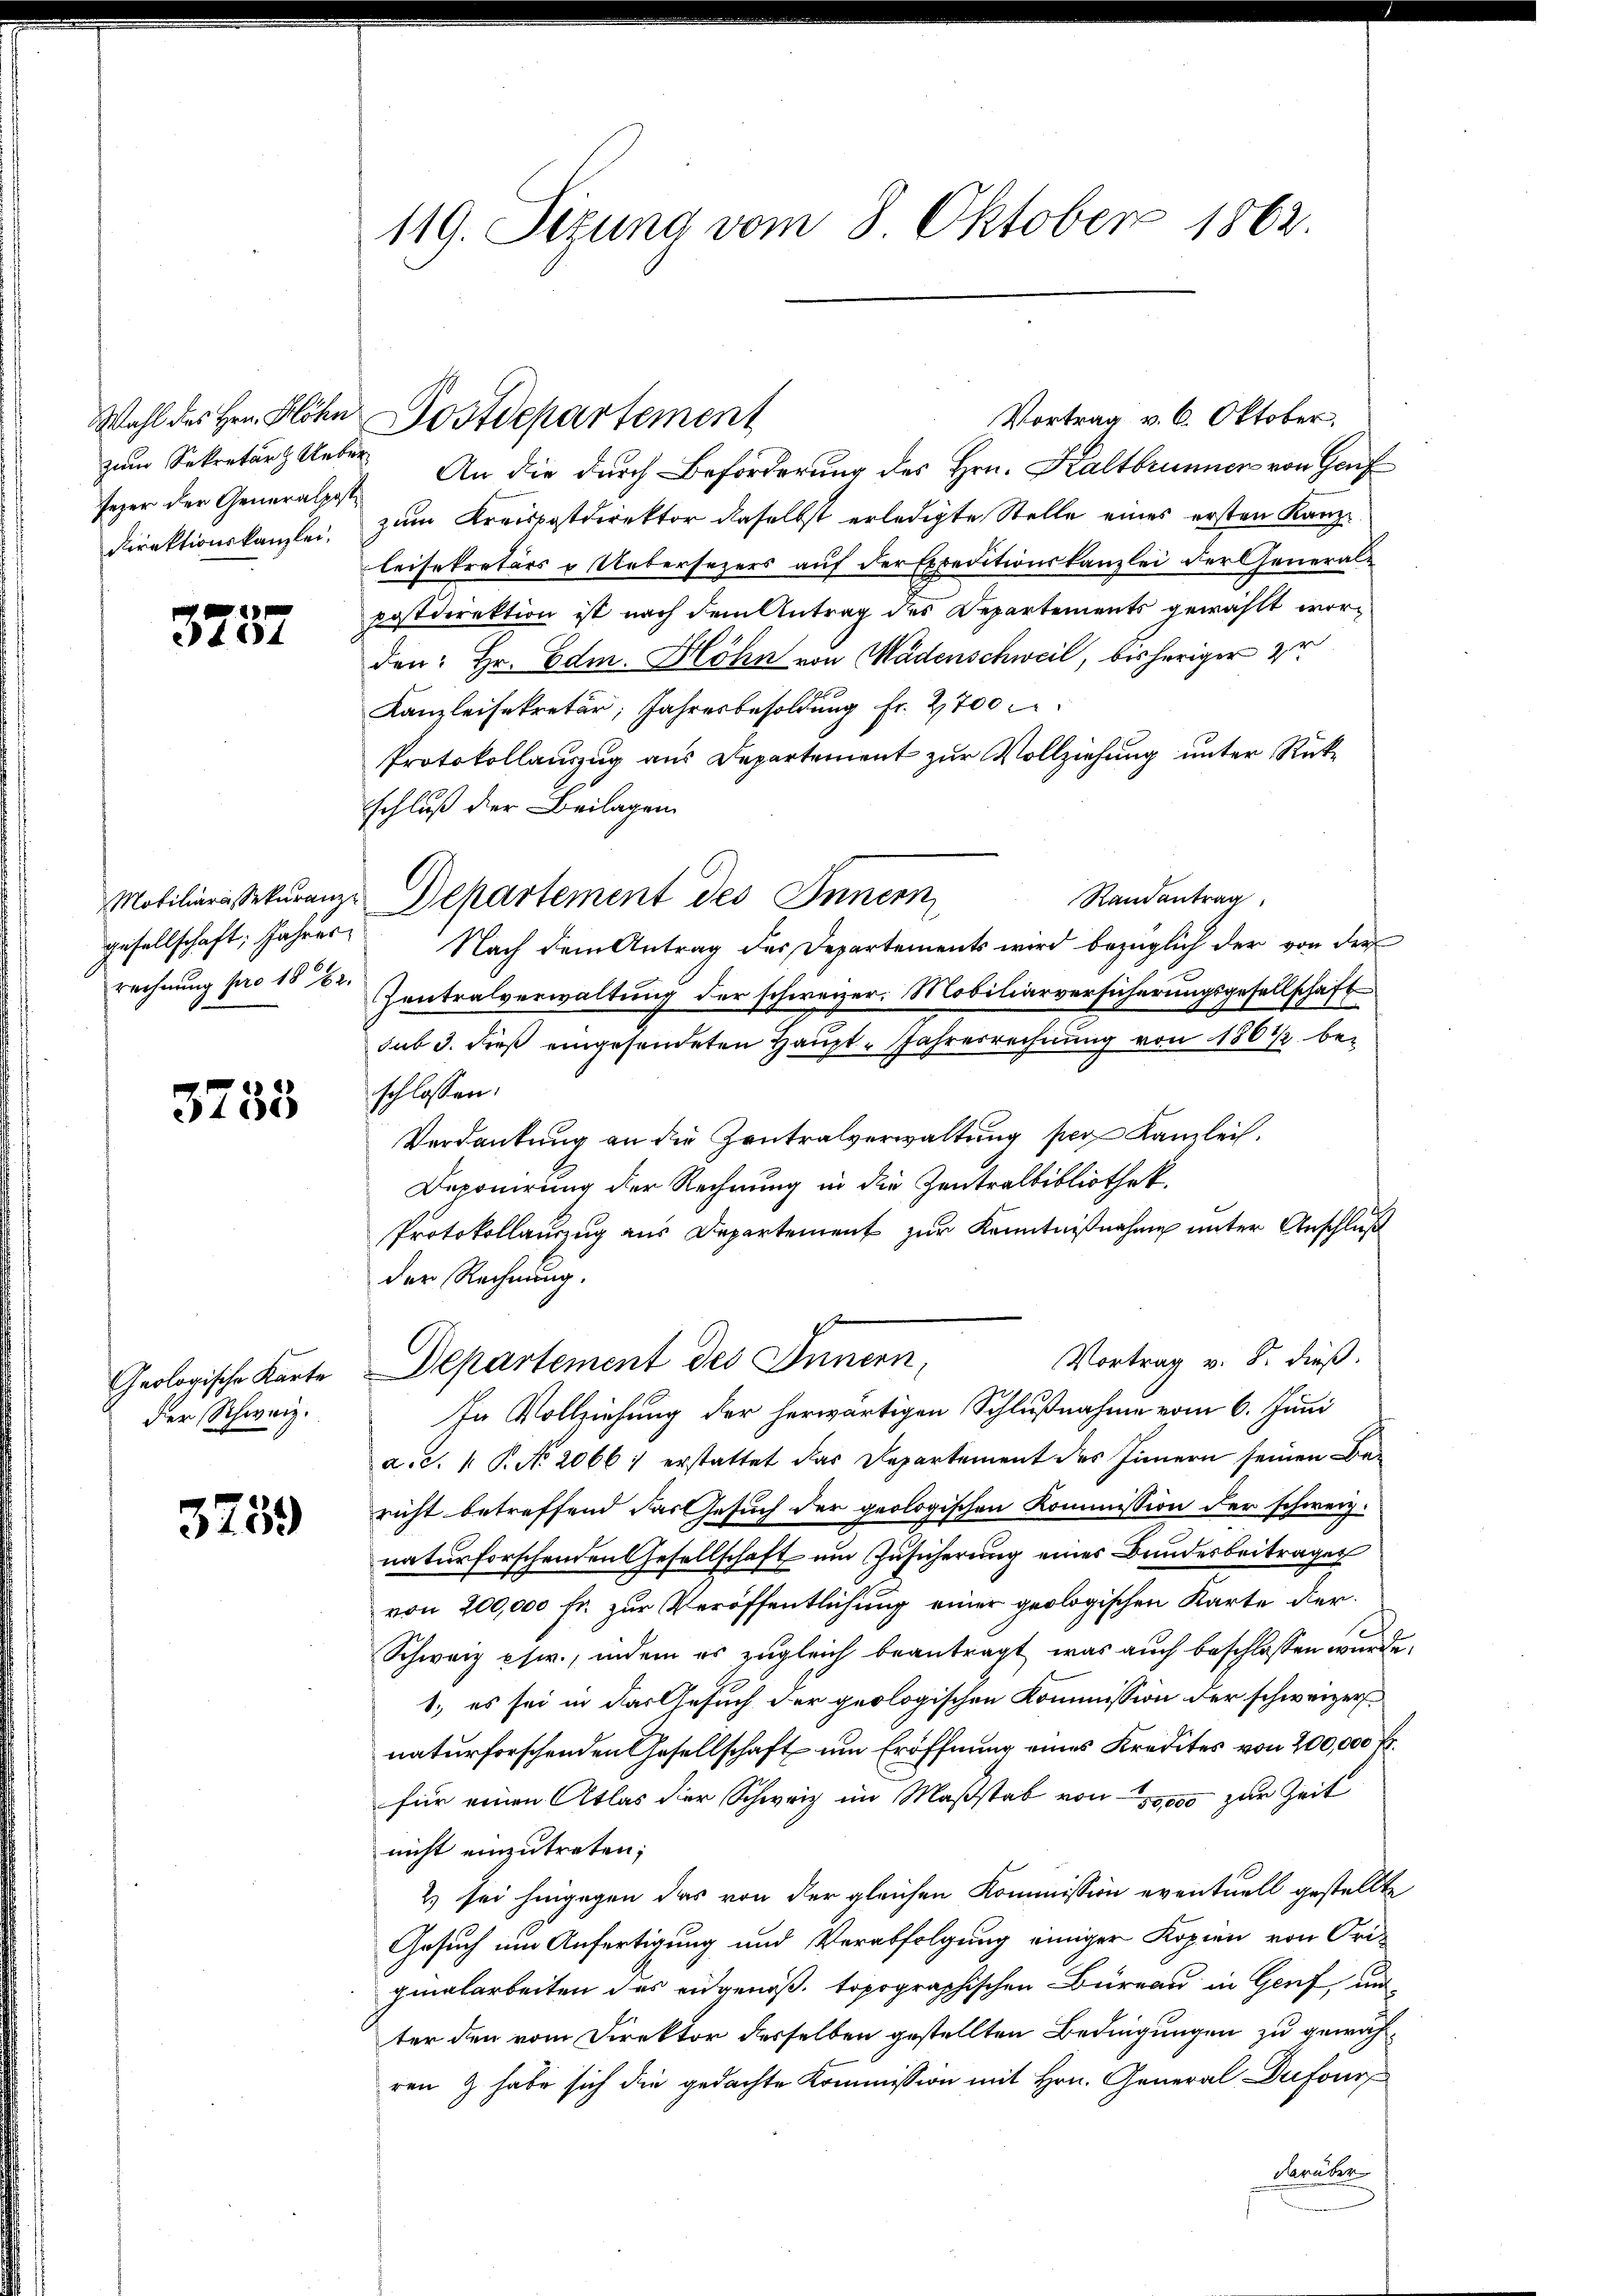
Wahl der Herr Koster
zum Sekretär Ueber¬
Jezer der Generalpost¬
Direktionskanzlei.

3237

Mobiliarassekuranz-
gesellschaft; Jahrer
rechnung pro 1812.

3733

Geologische Karte
der Schweiz.

3759

119. Sitzung vom 8. Oktober 1862.

An die durch Beförderung des Hrn. Kaltbrunnen von Gauf
zum Kreispostdirektor daselbst erledigte Stelle eines ersten Kanzleisekretärs & Uebersezers auf der Expeditionskanzlei der Generalpostdirektion ist nach dem Antrag des Departements gewählt worden: Hr. Edm. Höhn von Wädenschweil, bisheriger zu
Kanzleisekretär, Jahresbesoldung fr. 2700 c
Protokollauszug aus Departement zur Vollziehung unter Rückschluß der Beilagen
Randantrag
Departement des Innern
Nach dem Antrag des Departements wird bezüglich der von der
Zentralverwaltung der schweizer. Mobiliarversicherungsgesellschaft
sub 3. dieß eingesendeten Haupt- Jahresrechnung von 180 1/2 beschlossen:
Verdankung an die Zentralverwaltung per Kanzlei.
Deponirung der Rechnung in die Zentralbibliothek.
Protokollauszug aus Departement zur Kenntnißnahme unter Anschluß
der Rechnung.
Vortrag v. 8. dieß.
Departement des Innern,
In Vollziehung der herwärtigen Schlußnahme vom 6. Juni
a. d. 1. P. No 2066 ; erstattet das Departement des Innern seinen Be-
richt betreffend das Gesuch der geologischen Kommission der schwerz.
naturforschenden Gesellschaft um Zusicherung eines Bundesbeitrages
von 200,000 fr. zur Veröffentlichung einer geologischen Karte der¬
10
Schweiz pswr., indem es zugleich beantragt, was auch beschlossen wurde,
1. es sei in das Gesuch der geologischen Kommission der schweizer
naturforschenden Gesellschaft um Eröffnung eines Kredites von 200,000 f
für einen Atlas der Schweiz im Maßstab von 1000 zur Zeit
nicht einzutreten;
2) sei hingegen das von der gleichen Kommission eventuell gestellte
Gesuch um Anfertigung und Verabfolgung einiger Kopien von Ori-
ginalarbeiten des eidgenöß. topographischen Büreau in Genf und
ter den vom Direktor desselben gestellten Bedingungen zu gewähren & habe sich die gedachte Kommission mit Hrn. General Dufour
darüber

Postdepartement

Vortrag v. 6. Oktober.